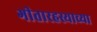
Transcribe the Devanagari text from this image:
गीतारहस्याच्या